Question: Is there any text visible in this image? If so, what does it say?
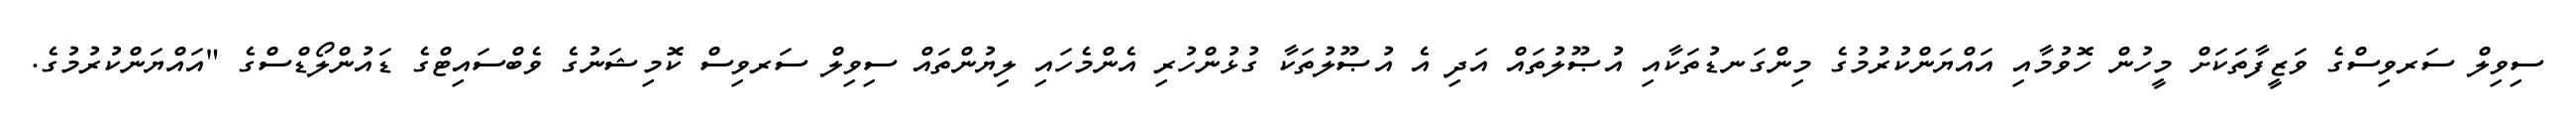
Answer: ސިވިލް ސަރވިސްގެ ވަޒީފާތަކަށް މީހުން ހޮވުމާއި އައްޔަންކުރުމުގެ މިންގަނޑުތަކާއި އުޞޫލުތައް އަދި އެ އުޞޫލުތަކާ ގުޅުންހުރި އެންމެހައި ލިޔުންތައް ސިވިލް ސަރވިސް ކޮމިޝަނުގެ ވެބްސައިޓްގެ ޑައުންލޯޑްސްގެ "އައްޔަންކުރުމުގެ.